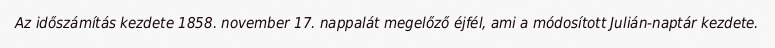
Az időszámítás kezdete 1858. november 17. nappalát megelőző éjfél, ami a módosított Julián-naptár kezdete.